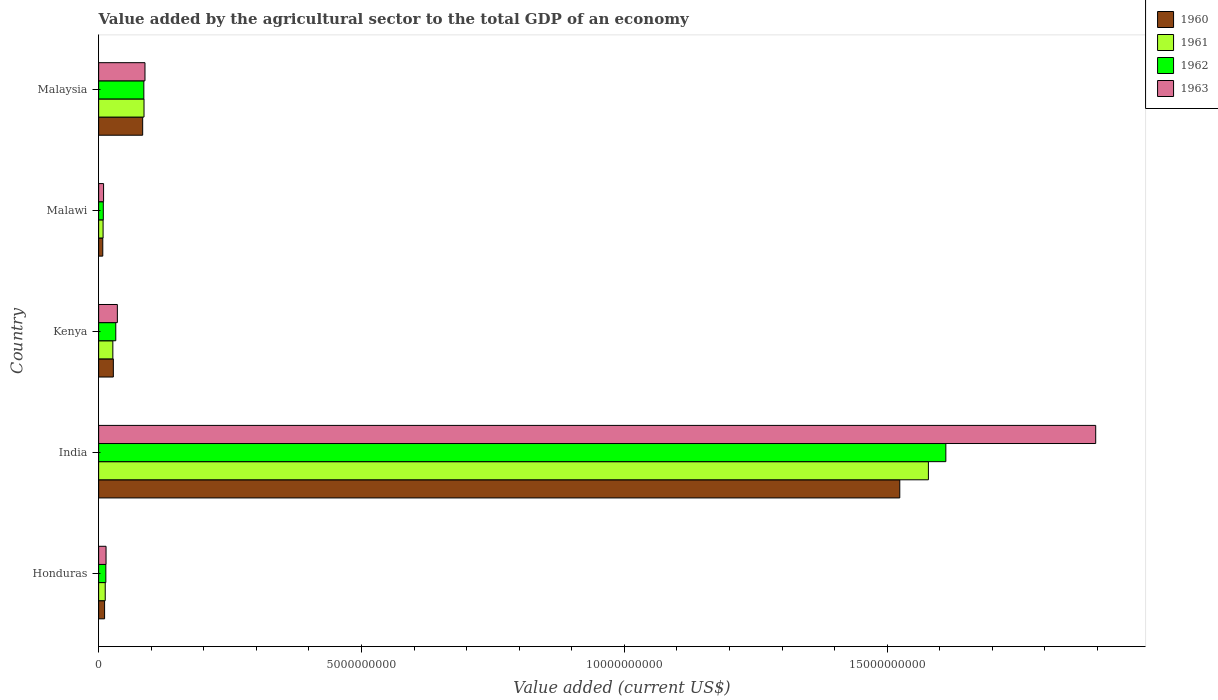
| Country | 1960 | 1961 | 1962 | 1963 |
 | --- | --- | --- | --- | --- |
 | Honduras | 1.14e+08 | 1.26e+08 | 1.37e+08 | 1.41e+08 |
 | India | 1.52e+10 | 1.58e+10 | 1.61e+10 | 1.9e+10 |
 | Kenya | 2.8e+08 | 2.7e+08 | 3.26e+08 | 3.56e+08 |
 | Malawi | 7.88e+07 | 8.48e+07 | 8.9e+07 | 9.39e+07 |
 | Malaysia | 8.38e+08 | 8.63e+08 | 8.6e+08 | 8.82e+08 |